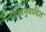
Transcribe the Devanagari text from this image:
भावानुवादित